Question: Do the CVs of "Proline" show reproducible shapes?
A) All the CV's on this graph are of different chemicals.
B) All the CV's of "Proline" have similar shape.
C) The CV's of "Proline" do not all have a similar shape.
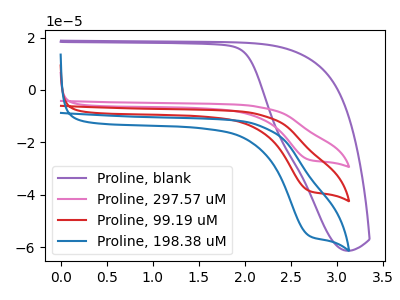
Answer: <think>The purple curve "Proline, blank" has no peaks. The pink curve "Proline, 297.57 uM" has a cathodic peak at: (2.70V, -76.95uA). The red curve "Proline, 99.19 uM" has a cathodic peak at: (2.70V, -38.45uA). The blue curve "Proline, 198.38 uM" has a cathodic peak at: (2.70V, -55.60uA).
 "Proline, blank" and "Proline, 297.57 uM" have a different number of peaks. "Proline, blank" and "Proline, 99.19 uM" have a different number of peaks. "Proline, blank" and "Proline, 198.38 uM" have a different number of peaks. All the peaks in "Proline, 297.57 uM" have a peak in "Proline, 99.19 uM" at the same potential. Every peak in "Proline, 297.57 uM" is higher than every peak in "Proline, 99.19 uM". All the peaks in "Proline, 297.57 uM" have a peak in "Proline, 198.38 uM" at the same potential. Every peak in "Proline, 297.57 uM" is higher than every peak in "Proline, 198.38 uM". All the peaks in "Proline, 99.19 uM" have a peak in "Proline, 198.38 uM" at the same potential. Every peak in "Proline, 99.19 uM" is lower than every peak in "Proline, 198.38 uM".</think>
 <answer>B) All the CV's of "Proline" have similar shape.</answer>
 <eval>B</eval>